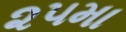
૨૫મા